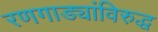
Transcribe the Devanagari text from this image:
रणगाड्यांविरुद्ध